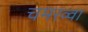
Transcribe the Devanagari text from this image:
चमरव्‍वा